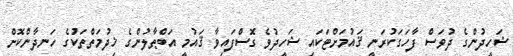
ޝަހީދުންގެ ދުވަސް ފާހަގަކުރަނީ ޤައުމަށްޓަކައި ޝަހީދުވެ ގޮސްފައިވާ ޤައުމީ އަބްޠާލުންގެ ޚިދުމަތްތަކުގެ ހަނދާންކޮށް